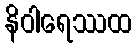
နိဝါရေဿထ